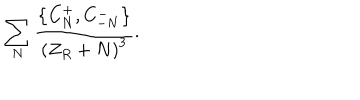
\sum _ { N } { \frac { \left\{ C _ { N } ^ { + } , C _ { - N } ^ { - } \right\} } { \left( Z _ { R } + N \right) ^ { 3 } } } .